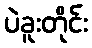
ပဲခူးတိုင်း